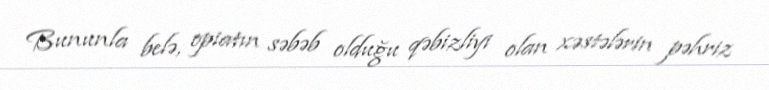
Bununla belə, opiatın səbəb olduğu qəbizliyi olan xəstələrin pəhriz